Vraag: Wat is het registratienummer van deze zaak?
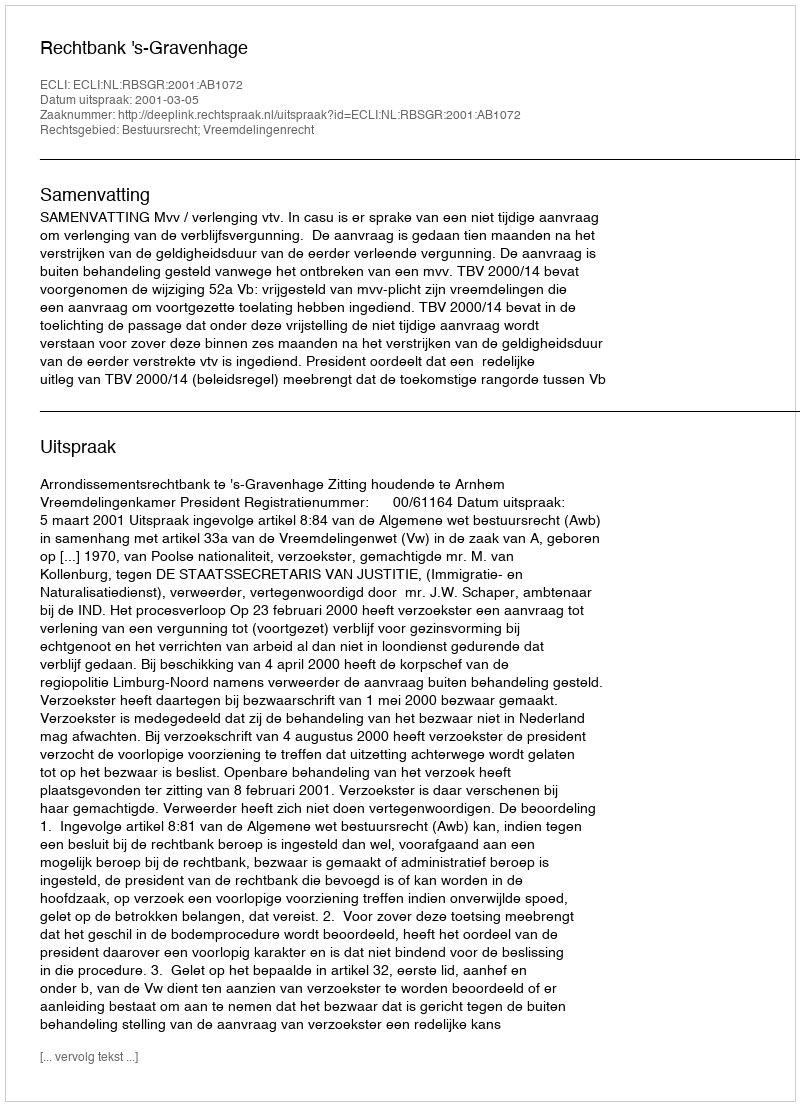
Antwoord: http://deeplink.rechtspraak.nl/uitspraak?id=ECLI:NL:RBSGR:2001:AB1072